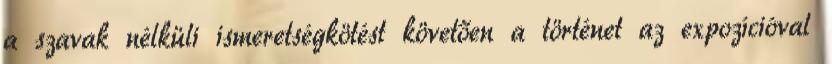
a szavak nélküli ismeretségkötést követően a történet az expozícióval